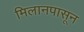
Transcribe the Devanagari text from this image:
मिलानपासून